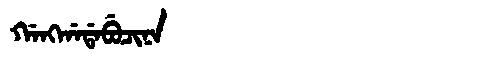
Manchu: ᡤᠠᠩᡤᠠᡩᠠᠪᡠᠴᡳᠨᠠ
Romanization: GANGGADABUCINA